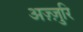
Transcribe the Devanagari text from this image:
अज़्ज़ुरि